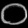
Digit: ၀